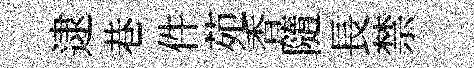
逮巷件苑香隨長禁